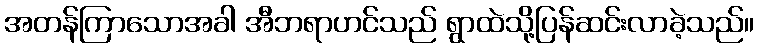
အတန်ကြာသောအခါ အီဘရာဟင်သည် ရွာထဲသို့ပြန်ဆင်းလာခဲ့သည်။